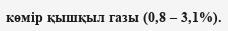
көмір қышқыл газы (0,8 – 3,1%).